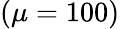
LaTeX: (\mu=100)